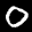
Label: 0